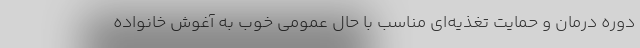
دوره درمان و حمایت تغذیه‌ای مناسب با حال عمومی خوب به آغوش خانواده